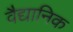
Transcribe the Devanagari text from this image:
वैद्यानिक